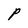
Character: P